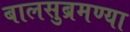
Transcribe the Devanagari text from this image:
बालसुब्रमण्या